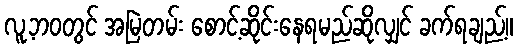
လူ့ဘဝတွင် အမြဲတမ်း စောင့်ဆိုင်းနေရမည်ဆိုလျှင် ခက်ရချည့်။